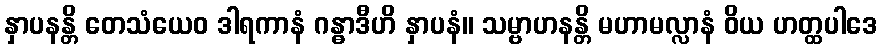
နှာပနန္တိ တေသံယေဝ ဒါရကာနံ ဂန္ဓာဒီဟိ နှာပနံ။ သမ္ဗာဟနန္တိ မဟာမလ္လာနံ ဝိယ ဟတ္ထပါဒေ